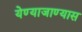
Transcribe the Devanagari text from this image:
येण्याजाण्यास